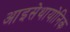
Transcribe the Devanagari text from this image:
आइसेथायोनिक